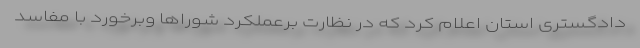
دادگستری استان اعلام کرد که در نظارت برعملکرد شوراها وبرخورد با مفاسد